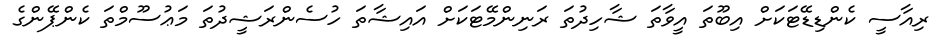
ރިއާސީ ކެންޑިޑޭޓަކަށް އިބޫތަ އީވާތަ ޝާހިދުތަ ރަނިންމޭޓަކަށް އައިޝާތަ ހުސެންރަޝީދުތަ މަޢުސޫމްތަ ކެންޕޭންގެ